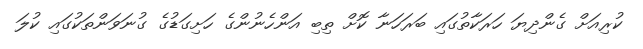
ކުރިއަށް ގެންދިޔަ ހަރަކާތުގައި ބަރަހަނާ ކޮށް ތިބި އަންހެނުންގެ ހަށިގަޑުގެ ގުނަވަންތަކުގައި ކުލަ